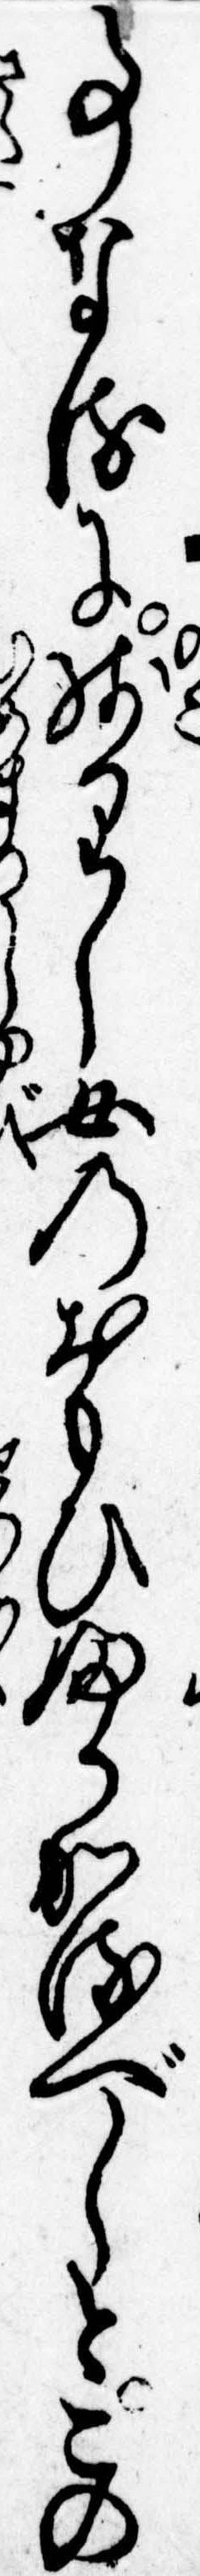
事なるに残りし女のおもひふかかるべしとこの